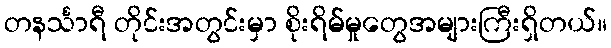
တနင်္သာရီ တိုင်းအတွင်းမှာ စိုးရိမ်မှုတွေအများကြီးရှိတယ်။